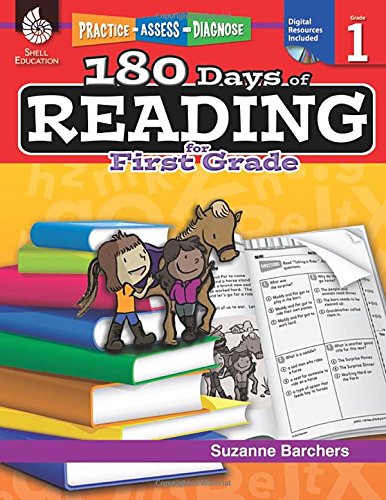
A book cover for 180 Days of Reading for First Grade (Practice, Assess, Diagnose); Suzanne Barchers; Reference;